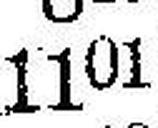
1101